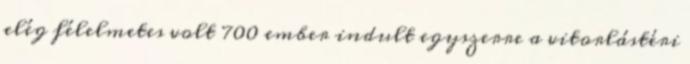
elég félelmetes volt 700 ember indult egyszerre a vitorlástéri